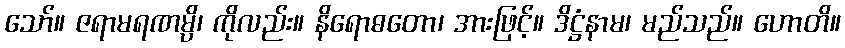
သော်။ ဇရာမရဏမ္ပိ၊ ကိုလည်း။ နိရောဓတော၊ အားဖြင့်။ ဒိဋ္ဌံနာမ၊ မည်သည်။ ဟောတိ။